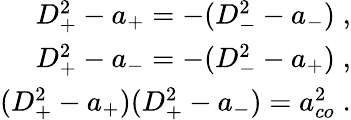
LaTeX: \begin{array}{r}{D_{+}^{2}-a_{+}=-(D_{-}^{2}-a_{-})\; ,}\\ {D_{+}^{2}-a_{-}=-(D_{-}^{2}-a_{+})\; ,}\\ {(D_{+}^{2}-a_{+})(D_{+}^{2}-a_{-})=a_{co}^{2}\; .}\end{array}